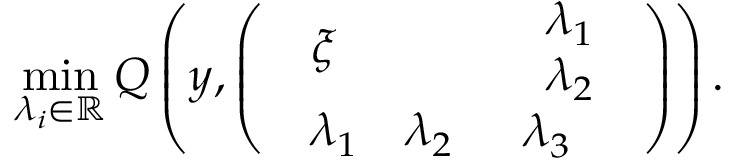
\operatorname* { m i n } _ { \lambda _ { i } \in \mathbb { R } } Q \left( y , \left( \begin{array} { l l } { \begin{array} { l } { \xi } \end{array} } & { \begin{array} { l } { \lambda _ { 1 } } \\ { \lambda _ { 2 } } \end{array} } \\ { \begin{array} { l l } { \lambda _ { 1 } } & { \lambda _ { 2 } } \end{array} } & { \lambda _ { 3 } } \end{array} \right) \right) .